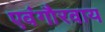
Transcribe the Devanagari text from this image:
एवंगौरवाय